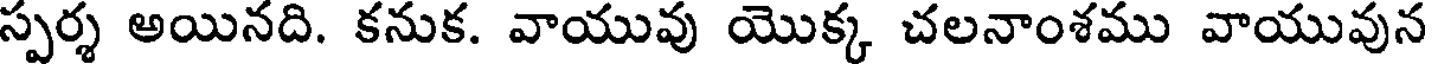
స్పర్శ అయినది. కనుక. వాయువు యొక్క చలనాంశము వాయువున